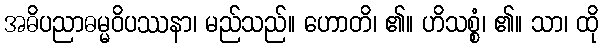
အဓိပညာဓမ္မဝိပဿနာ၊ မည်သည်။ ဟောတိ၊ ၏။ ဟိသစ္စံ၊ ၏။ သာ၊ ထို